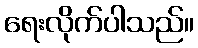
ရေးလိုက်ပါသည်။